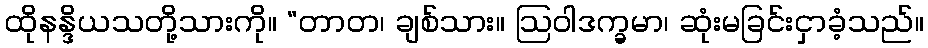
ထိုနန္ဒိယသတို့သားကို။ “တာတ၊ ချစ်သား။ ဩဝါဒက္ခမာ၊ ဆုံးမခြင်းငှာခံ့သည်။